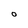
Character: O